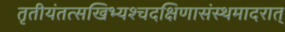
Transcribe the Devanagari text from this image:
तृतीयंतत्सखिभ्यश्चदक्षिणासंस्थमादरात्